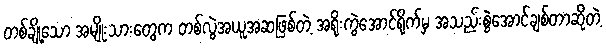
တစ်ချို့သော အမျိုးသားတွေက တစ်လွဲအယူအဆဖြစ်တဲ့ အရိုးကွဲအောင်ရိုက်မှ အသည်းစွဲအောင်ချစ်တာဆိုတဲ့